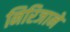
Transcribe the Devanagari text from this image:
निरिजाने